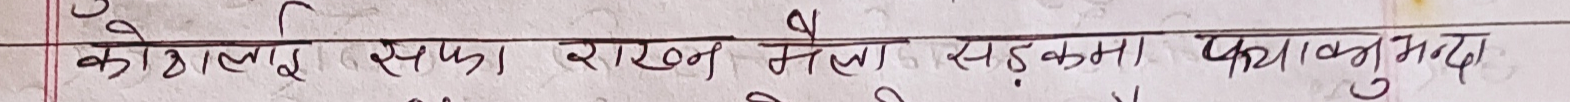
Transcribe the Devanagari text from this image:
कोशीगाउँ सफा राखन मेला सडकमा फा. गा. न. पा.